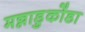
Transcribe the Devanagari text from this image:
मन्नाडुकोंडा